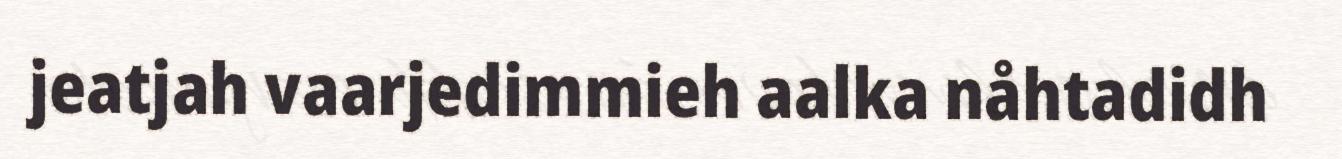
jeatjah vaarjedimmieh aalka nåhtadidh